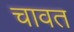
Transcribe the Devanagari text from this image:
चावत